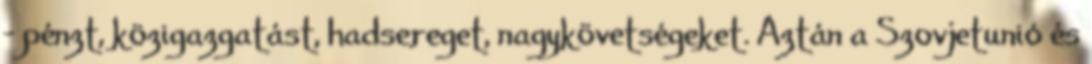
– pénzt, közigazgatást, hadsereget, nagykövetségeket. Aztán a Szovjetunió és